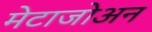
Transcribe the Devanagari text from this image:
मेटाजोअन